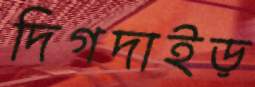
দিগদাইড়